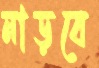
নাড়বে